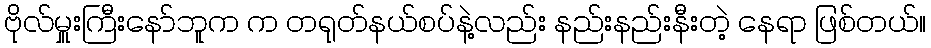
ဗိုလ်မှူးကြီးနော်ဘူက က တရုတ်နယ်စပ်နဲ့လည်း နည်းနည်းနီးတဲ့ နေရာ ဖြစ်တယ်။